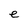
Character: e